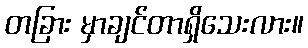
တခြား မှာချင်တာရှိသေးလား။